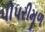
પીપરીમૂળ